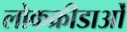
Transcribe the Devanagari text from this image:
लोकक्रीडाओं